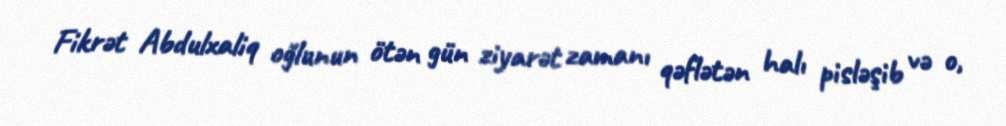
Fikrət Abdulxaliq oğlunun ötən gün ziyarət zamanı qəflətən halı pisləşib və o,